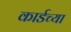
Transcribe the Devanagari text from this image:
कार्डच्या